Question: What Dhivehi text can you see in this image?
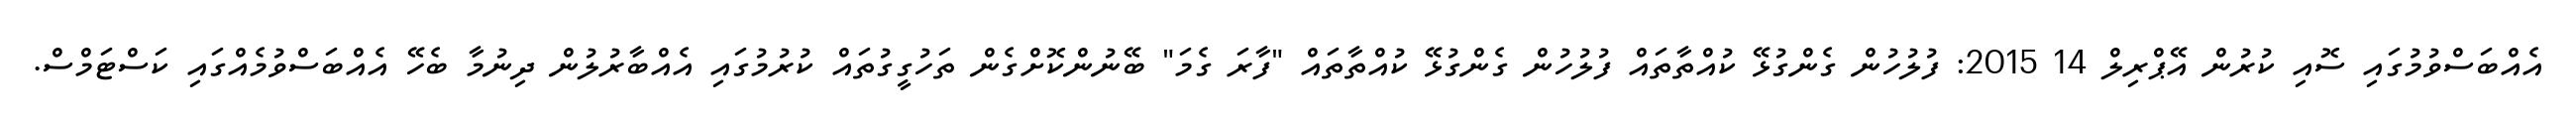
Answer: އެއްބަސްވުމުގައި ސޮއި ކުރުން އޭޕްރިލް 14 2015: ފުލުހުން ގެންގުޅޭ ކުއްތާތައް ފުލުހުން ގެންގުޅޭ ކުއްތާތައް "ފާރަ ގެމަ" ބޭނުންކޮށްގެން ތަހުގީގުތައް ކުރުމުގައި އެއްބާރުލުން ދިނުމާ ބެހޭ އެއްބަސްވުމެއްގައި ކަސްޓަމްސް.